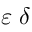
\varepsilon { \mathrm { � } } \delta